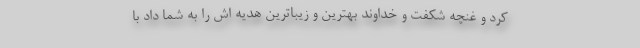
کرد و غنچه شکفت و خداوند بهترین و زیباترین هدیه اش را به شما داد با